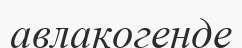
авлакогенде